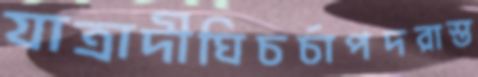
যাত্রাদীঘিচর্চাপদরাস্ত